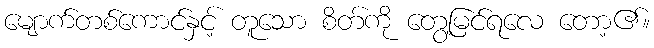
မျောက်တစ်ကောင်နှင့် တူသော စိတ်ကို တွေ့မြင်ရလေ တော့၏။